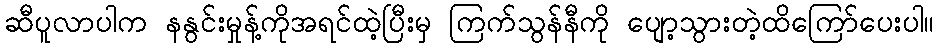
ဆီပူလာပါက နနွင်းမှုန့်ကိုအရင်ထဲ့ပြီးမှ ကြက်သွန်နီကို ပျော့သွားတဲ့ထိကြော်ပေးပါ။